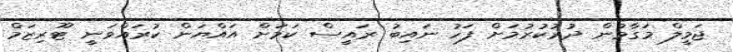
ޖަމީލް މަގާމުން ދުރުކުރުމަށް ފަހު ނައިބު ރައީސް ކަމަށް އައްޔަން ކުރައްވަނީ ޓޫރިޒަމް